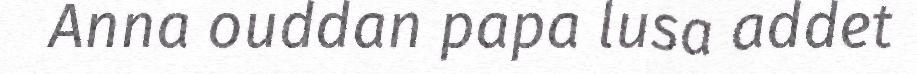
Anna ouddan papa lusa addet